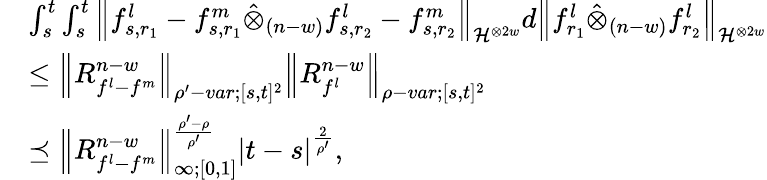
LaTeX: \begin{array}{rl}&{\int_{s}^{t}\int_{s}^{t}{\left\lVert{f_{s,r_{1}}^{l}-f_{s,r_{1}}^{m}\hat{\otimes}_{(n-w)}f_{s,r_{2}}^{l}-f_{s,r_{2}}^{m}}\right\rVert}_{\mathcal{H}^{\otimes 2w}}d{\left\lVert{f_{r_{1}}^{l}\hat{\otimes}_{(n-w)}f_{r_{2}}^{l}}\right\rVert}_{\mathcal{H}^{\otimes 2w}}}\\ &{\leq{\left\lVert{R_{f^{l}-f^{m}}^{n-w}}\right\rVert}_{\rho^{\prime}-var;[s,t]^{2}}{\left\lVert{R_{f^{l}}^{n-w}}\right\rVert}_{\rho-var;[s,t]^{2}}}\\ &{\preceq{\left\lVert{R_{f^{l}-f^{m}}^{n-w}}\right\rVert}_{\infty;[0,1]}^{\frac{\rho^{\prime}-\rho}{\rho^{\prime}}}\left|t-s\right|^{\frac{2}{\rho^{\prime}}},}\end{array}